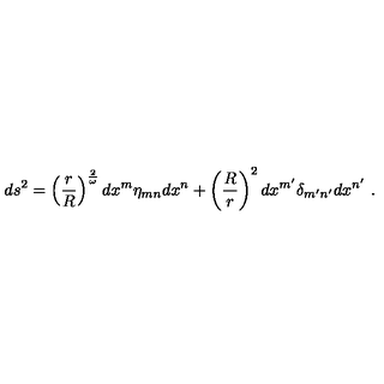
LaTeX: d s ^ { 2 } = \left( { \frac { r } { R } } \right) ^ { \frac { 2 } { \omega } } d x ^ { m } \eta _ { m n } d x ^ { n } + \left( { \frac { R } { r } } \right) ^ { 2 } d x ^ { m ^ { \prime } } \delta _ { m ^ { \prime } n ^ { \prime } } d x ^ { n ^ { \prime } } \ .